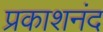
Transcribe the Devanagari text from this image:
प्रकाशनंद